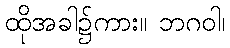
ထိုအခါ၌ကား။ ဘဂဝါ၊